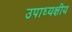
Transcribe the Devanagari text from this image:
उपाध्यक्षीय